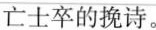
士卒的挽诗。